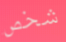
شخص